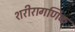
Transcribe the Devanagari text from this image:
शरीरागणिक